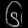
Digit: ၆